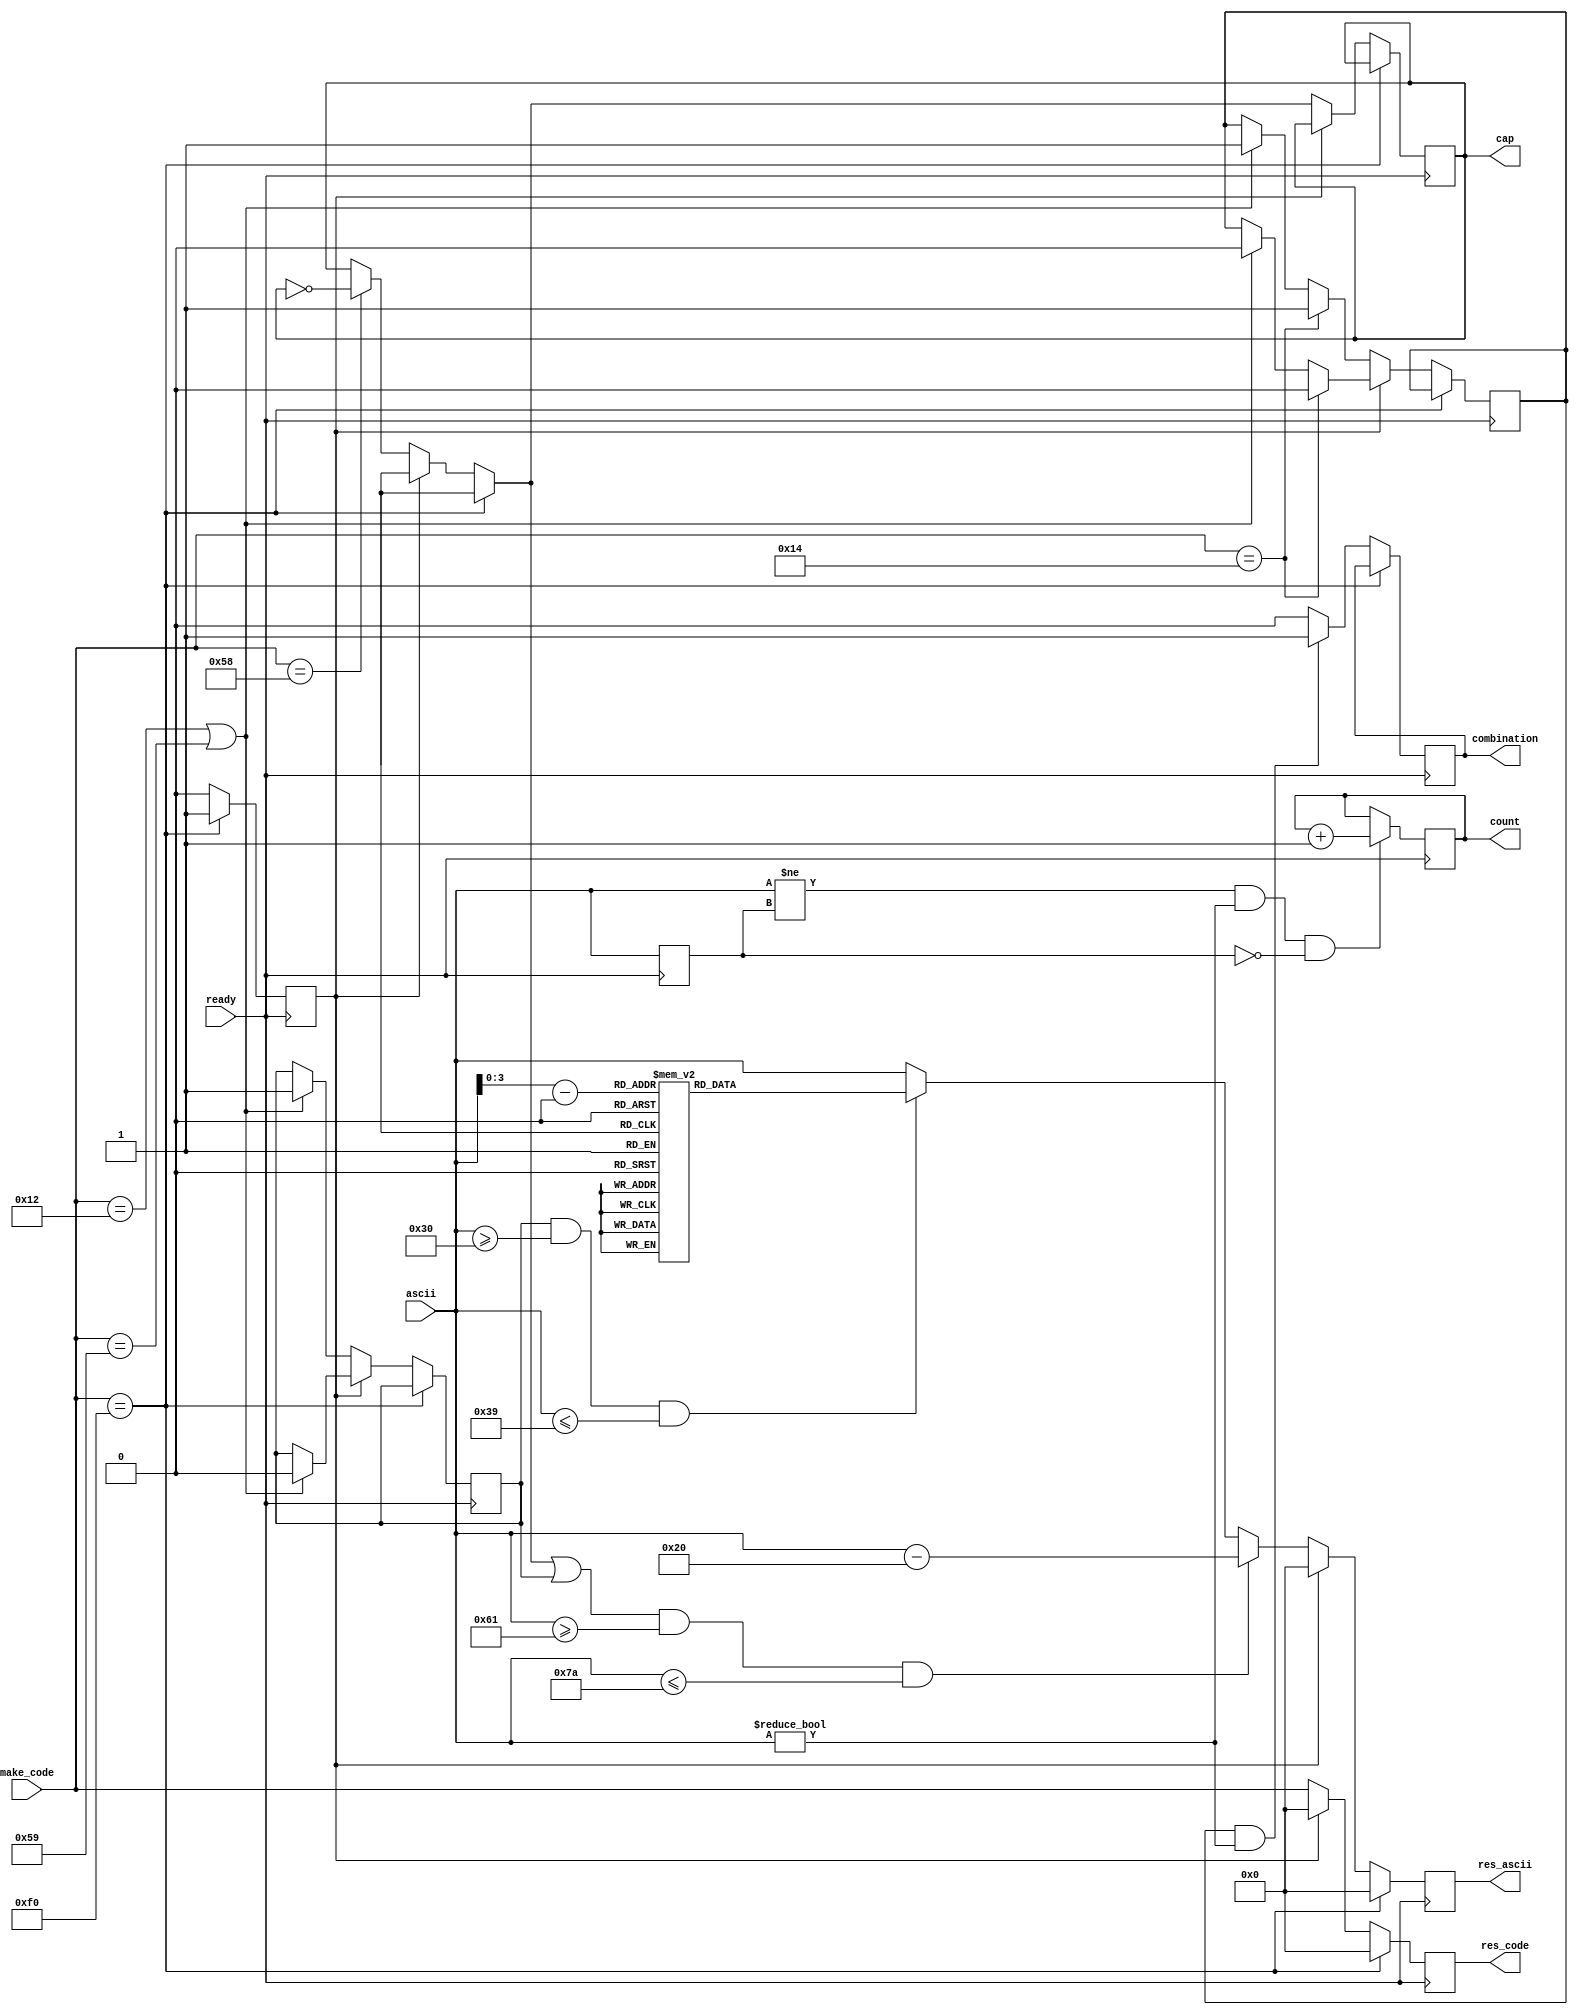
module process_data(ready, make_code, ascii, res_code, res_ascii, count, cap, combination);
	input ready;
	input [7:0]make_code;
	output reg cap;
	reg combination_prepare;
	output reg combination;
	reg shift;
	reg output_forbid;
	reg [7:0]last_code;
	reg [7:0]prev_ascii;
	reg [7:0]my_ascii[10];
	input [7:0]ascii;
	output reg [7:0]res_code;
	output reg [7:0]res_ascii;
	output reg [7:0]count;
	initial begin
		output_forbid = 0;
		last_code = 8'b0;
		prev_ascii = 8'b1;
		cap = 0;
		my_ascii[0] = 8'h29;
		my_ascii[1] = 8'h21;
		my_ascii[2] = 8'h40;
		my_ascii[3] = 8'h23;
		my_ascii[4] = 8'h24;
		my_ascii[5] = 8'h25;
		my_ascii[6] = 8'h5E;
		my_ascii[7] = 8'h26;
		my_ascii[8] = 8'h2A;
		my_ascii[9] = 8'h28;
	end
	always @ (negedge ready) begin
			if(make_code == 8'hF0) begin
				res_code <= 8'h0;
				res_ascii <= 8'h0;
				output_forbid <= 1;
			end
			else begin
				if(output_forbid == 0) begin
					res_code <= make_code;
					if(make_code == 8'h58)
						cap = ~cap;
					if(make_code == 8'h12 || make_code == 8'h59) begin
						shift <= 1;
						combination_prepare <= 1;
					end
					if(make_code == 8'h14)
						combination_prepare <= 1;
					if((cap || shift) && ascii >= 8'h61 && ascii <= 8'h7A)
						res_ascii <= ascii - 8'h20;
					else if(shift && ascii >= 8'h30 && ascii <= 8'h39) begin
						res_ascii <= my_ascii[ascii - 8'h30];
					end
					else
						res_ascii <= ascii;
					//if(combination_prepare && ascii != 8'b0) combination <= 1;
					//else combination <= 0;
				end
				else begin
					if(make_code == 8'h12 || make_code == 8'h59) begin
						shift <= 0;
						combination_prepare <= 0;
					end
					if(make_code == 8'h14)
						combination_prepare <= 0;
					output_forbid <= 0;
					res_code <= 8'h0;
					res_ascii <= 8'h0;
				end
				if(combination_prepare && ascii != 8'b0) combination <= 1;
				else combination <= 0;
			end
			if(ascii != prev_ascii && ascii != 0 && prev_ascii == 0) count <= count + 1;
			prev_ascii <= ascii;
		end
endmodule